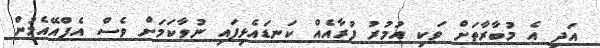
އަދި އެ މުބާރާތަށް ވަކި އުމުރު ފުރާއެއް ކަނޑައެޅިފައި ނުވާކަމަށް ވެސް އެފްއޭއެމުން